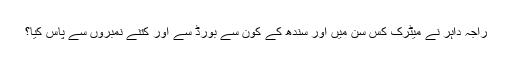
راجہ داہر نے میٹرک کس سن میں اور سندھ کے کون سے بورڈ سے اور کتنے نمبروں سے پاس کیا؟